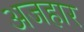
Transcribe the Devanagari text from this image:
अजहार